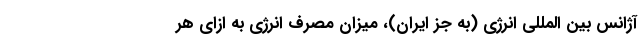
آژانس بین المللی انرژی (به جز ایران)، میزان مصرف انرژی به ازای هر